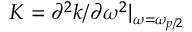
K = \partial ^ { 2 } k / \partial \omega ^ { 2 } | _ { \omega = \omega _ { p / 2 } }